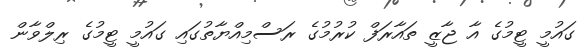
ގައުމީ ޓީމުގެ އާ ޖާޒީ ތައާރަފް ކުރުމުގެ ރަސްމިއްޔާތުގައި ގައުމީ ޓީމުގެ ރިލްވާން